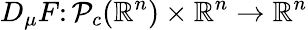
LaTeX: D_{\mu}F\colon\mathcal{P}_{c}(\mathbb{R}^{n})\times\mathbb{R}^{n}\to\mathbb{R}^{n}